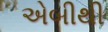
એબીથી